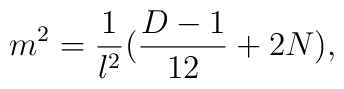
m^2=\frac{1}{l^2}(\frac{D-1}{12}+ 2N),